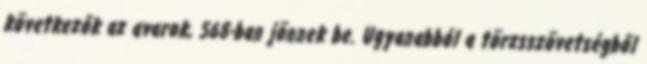
következők az avarok, 568-ban jönnek be. Ugyanabból a törzsszövetségből